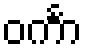
ဝင်္ကာ